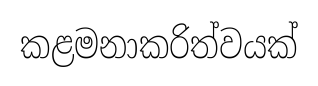
කළමනාකරිත්වයක්